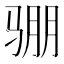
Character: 𮹊